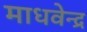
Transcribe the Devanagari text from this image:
माधवेन्द्र